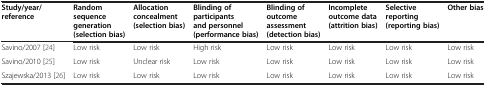
| Study/year/reference | Random sequence generation (selection bias) | Allocation concealment (selection bias) | Blinding of participants and personnel (performance bias) | Blinding of outcome assessment (detection bias) | Incomplete outcome data (attrition bias) | Selective reporting (reporting bias) | Other bias |
 | --- | --- | --- | --- | --- | --- | --- | --- |
 | Savino/2007 [24] | Low risk | Low risk | High risk | Low risk | Low risk | Low risk | Low risk |
 | Savino/2010 [25] | Low risk | Unclear risk | Low risk | Low risk | Low risk | Low risk | Low risk |
 | Szajewska/2013 [26] | Low risk | Low risk | Low risk | Low risk | Low risk | Low risk | Low risk |